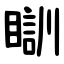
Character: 瞓